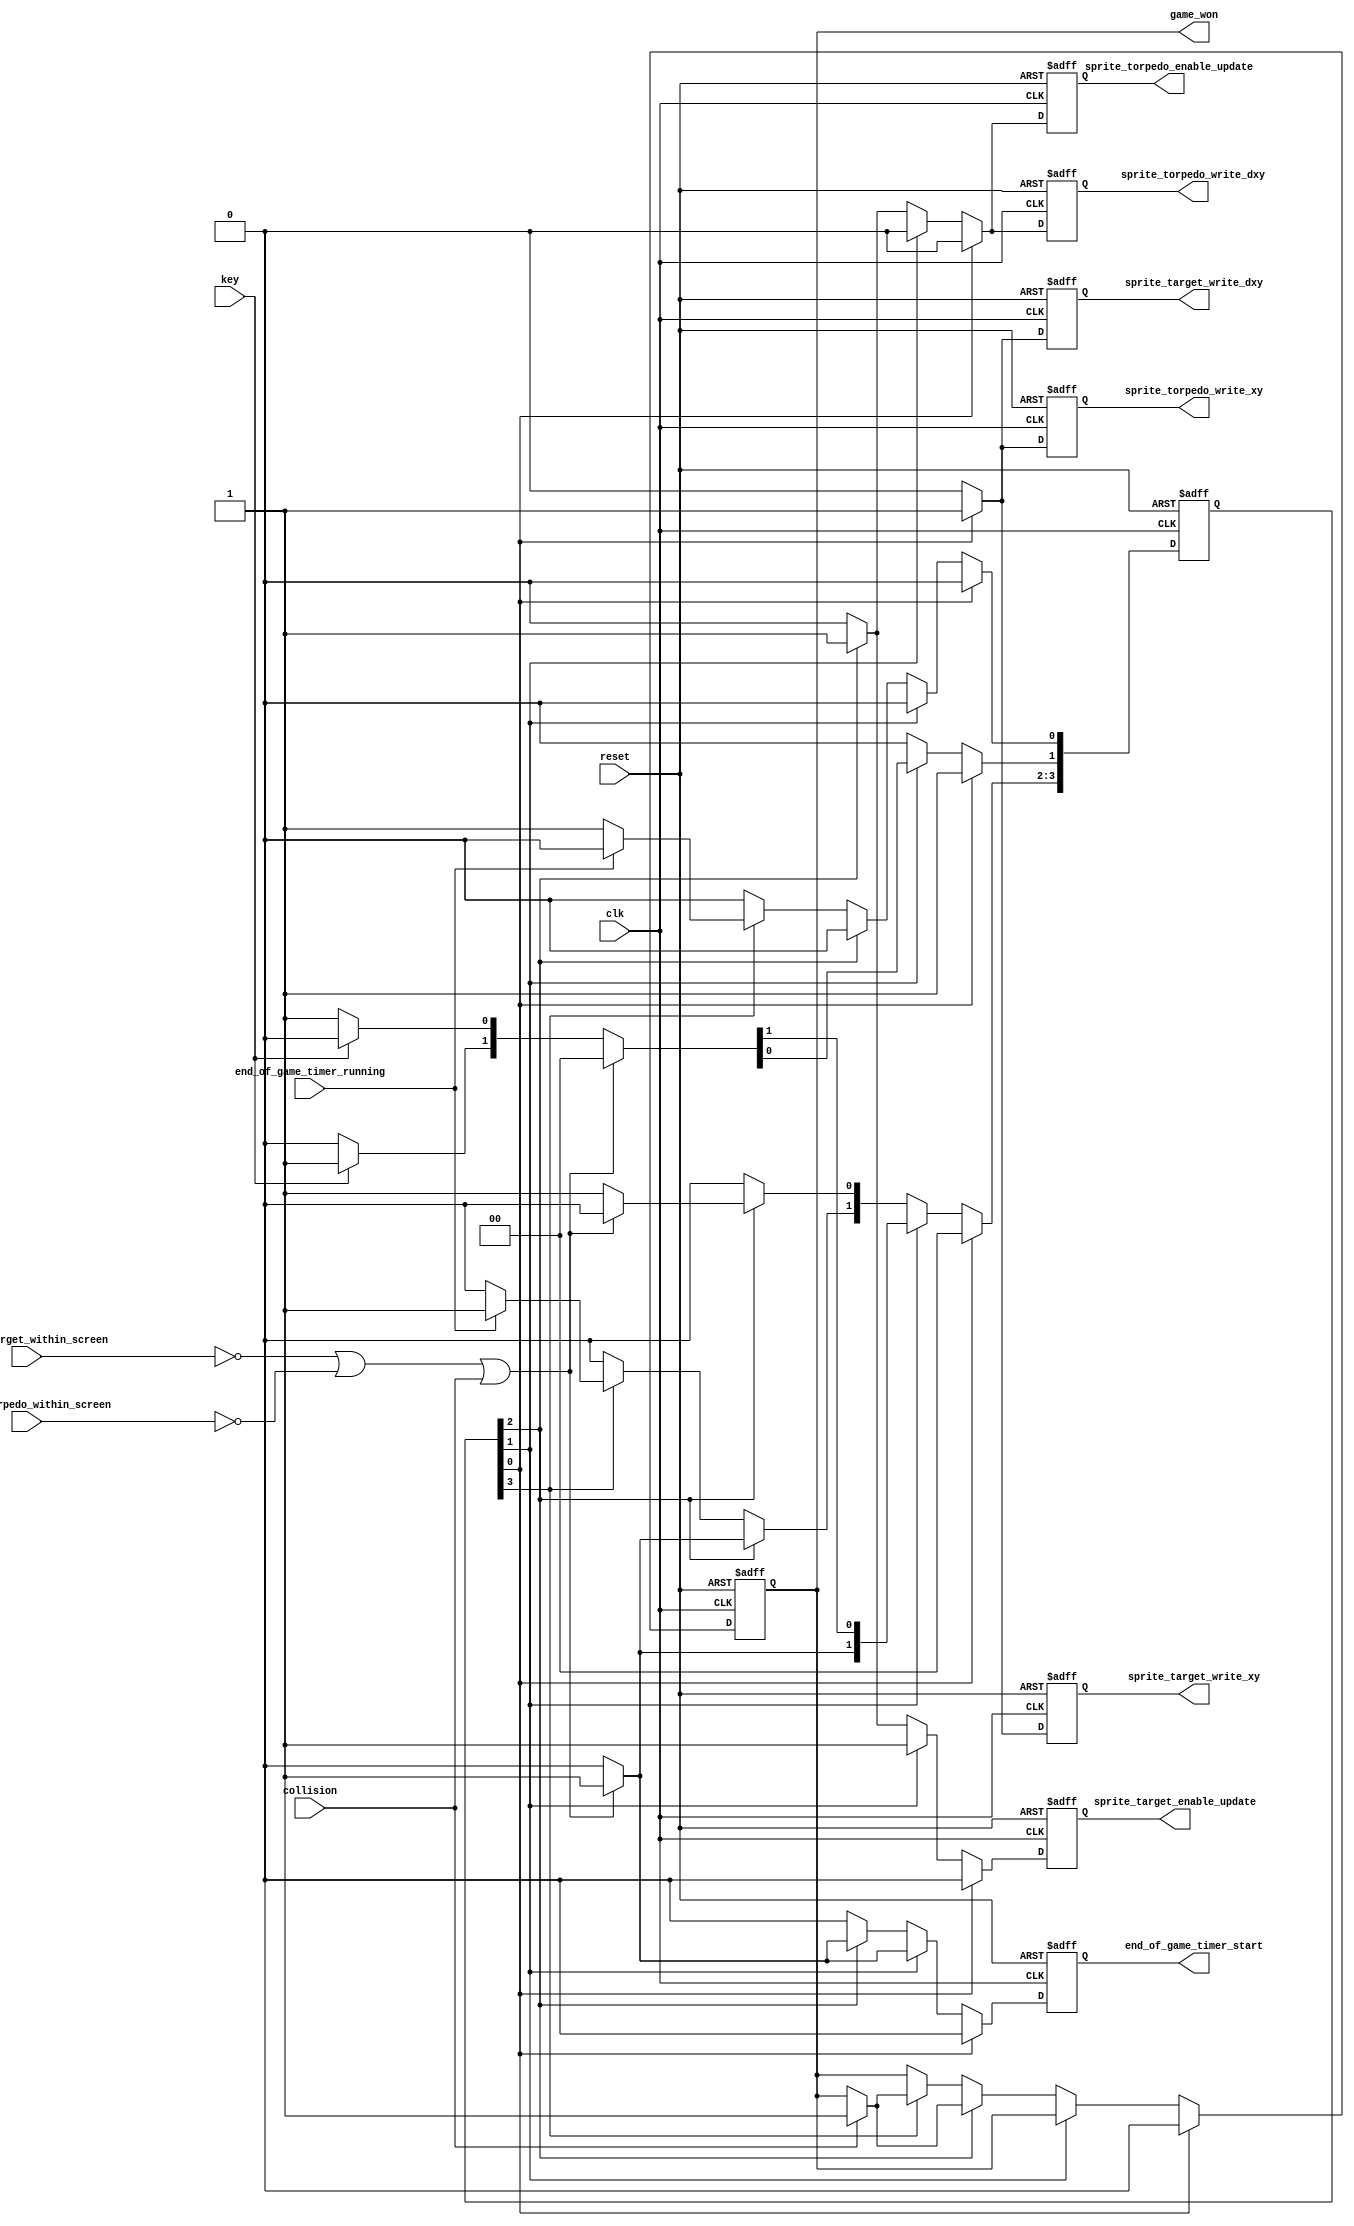
module game_master_fsm_9_bad_priority_logic
(
    input      clk,
    input      reset,

    input      key,

    output reg sprite_target_write_xy,
    output reg sprite_torpedo_write_xy,

    output reg sprite_target_write_dxy,
    output reg sprite_torpedo_write_dxy,

    output reg sprite_target_enable_update,
    output reg sprite_torpedo_enable_update,

    input      sprite_target_within_screen,
    input      sprite_torpedo_within_screen,

    input      collision,

    output reg end_of_game_timer_start,
    output reg game_won,

    input      end_of_game_timer_running
);

    // Using one-hot

    localparam STATE_START  = 0,
               STATE_AIM    = 1,
               STATE_SHOOT  = 2,
               STATE_END    = 3;

    reg [3:0] state;
    reg [3:0] d_state;

    reg d_sprite_target_write_xy;
    reg d_sprite_torpedo_write_xy;

    reg d_sprite_target_write_dxy;
    reg d_sprite_torpedo_write_dxy;

    reg d_sprite_target_enable_update;
    reg d_sprite_torpedo_enable_update;

    reg d_end_of_game_timer_start;
    reg d_game_won;

    //------------------------------------------------------------------------

    wire end_of_game
        =   ~ sprite_target_within_screen
          | ~ sprite_torpedo_within_screen
          |   collision;

    //------------------------------------------------------------------------

    always @*
    begin
        d_state = 4'b0;

        d_sprite_target_write_xy        = 1'b0;
        d_sprite_torpedo_write_xy       = 1'b0;

        d_sprite_target_write_dxy       = 1'b0;
        d_sprite_torpedo_write_dxy      = 1'b0;

        d_sprite_target_enable_update   = 1'b0;
        d_sprite_torpedo_enable_update  = 1'b0;

        d_end_of_game_timer_start       = 1'b0;
        d_game_won                      = game_won;

        //--------------------------------------------------------------------

        // Bad style that infers priority

        if (state [STATE_START])
        begin
            d_sprite_target_write_xy        = 1'b1;
            d_sprite_torpedo_write_xy       = 1'b1;

            d_sprite_target_write_dxy       = 1'b1;

            d_game_won                      = 1'b0;

            d_state [STATE_AIM] = 1;
        end

        else if (state [STATE_AIM])
        begin
            d_sprite_target_enable_update   = 1'b1;

            if (end_of_game)
            begin
                d_end_of_game_timer_start   = 1'b1;

                d_state [STATE_END] = 1;
            end
            else if (key)
            begin
                d_state [STATE_SHOOT] = 1;
            end
            else
            begin
                d_state [STATE_AIM] = 1;
            end
        end

        else if (state [STATE_SHOOT])
        begin
            d_sprite_torpedo_write_dxy      = 1'b1;

            d_sprite_target_enable_update   = 1'b1;
            d_sprite_torpedo_enable_update  = 1'b1;

            if (collision)
                d_game_won = 1'b1;

            if (end_of_game)
            begin
                d_end_of_game_timer_start   = 1'b1;

                d_state [STATE_END] = 1;
            end
            else
            begin
                d_state [STATE_SHOOT] = 1;
            end
        end

        else if (state [STATE_END])
        begin
            // TODO: Investigate why it needs collision detection here
            // and not in previous state

            if (collision)
                d_game_won = 1'b1;

            if (! end_of_game_timer_running)
                d_state [STATE_START] = 1;
            else
                d_state [STATE_END] = 1;
        end
    end

    //------------------------------------------------------------------------

    always @ (posedge clk or posedge reset)
        if (reset)
        begin
            state                         <= (1 << STATE_START);

            sprite_target_write_xy        <= 1'b0;
            sprite_torpedo_write_xy       <= 1'b0;

            sprite_target_write_dxy       <= 1'b0;
            sprite_torpedo_write_dxy      <= 1'b0;

            sprite_target_enable_update   <= 1'b0;
            sprite_torpedo_enable_update  <= 1'b0;

            end_of_game_timer_start       <= 1'b0;
            game_won                      <= 1'b0;
        end
        else
        begin
            state                         <= d_state;

            sprite_target_write_xy        <= d_sprite_target_write_xy;
            sprite_torpedo_write_xy       <= d_sprite_torpedo_write_xy;

            sprite_target_write_dxy       <= d_sprite_target_write_dxy;
            sprite_torpedo_write_dxy      <= d_sprite_torpedo_write_dxy;

            sprite_target_enable_update   <= d_sprite_target_enable_update;
            sprite_torpedo_enable_update  <= d_sprite_torpedo_enable_update;

            end_of_game_timer_start       <= d_end_of_game_timer_start;
            game_won                      <= d_game_won;
        end

endmodule